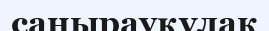
саңырауқұлак